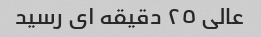
عالى ٢٥ دقیقه اى رسید